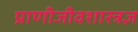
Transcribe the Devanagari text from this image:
प्राणीजीवशास्त्रज्ञ